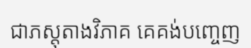
ជាភស្តុតាងវិភាគ គេគង់បញ្ចេញ